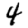
Digit: 4